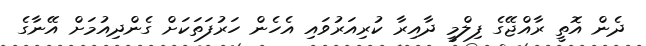
ދެން އޮތީ ރާއްޖޭގެ ފިލްމީ ދާއިރާ ކުރިއަރުވައި އެހެން ހަރުފަތަކަށް ގެންދިއުމަށް އޭނާގެ